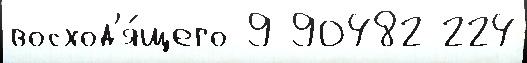
восход'я́щего 9 90482 224